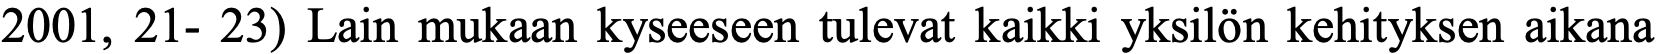
2001, 21- 23) Lain mukaan kyseeseen tulevat kaikki yksilön kehityksen aikana